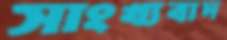
সাংখ্যবাদ